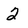
Character: 2